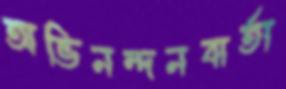
অভিনন্দনবার্তা